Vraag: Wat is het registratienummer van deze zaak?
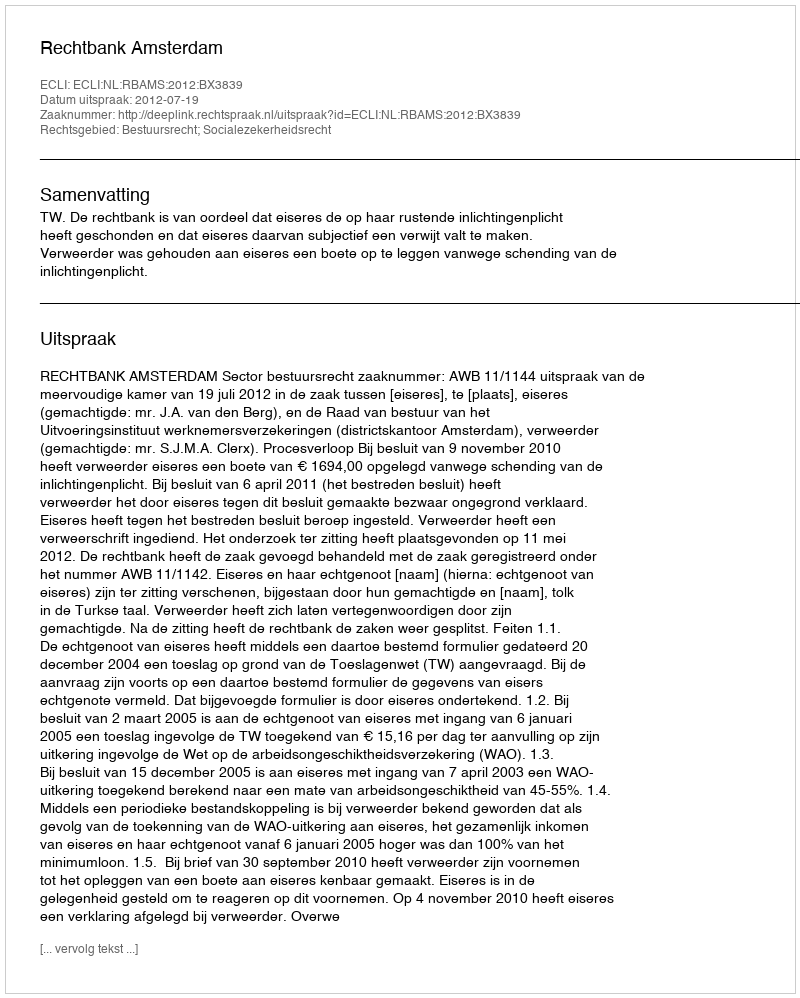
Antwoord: http://deeplink.rechtspraak.nl/uitspraak?id=ECLI:NL:RBAMS:2012:BX3839